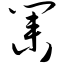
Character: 业